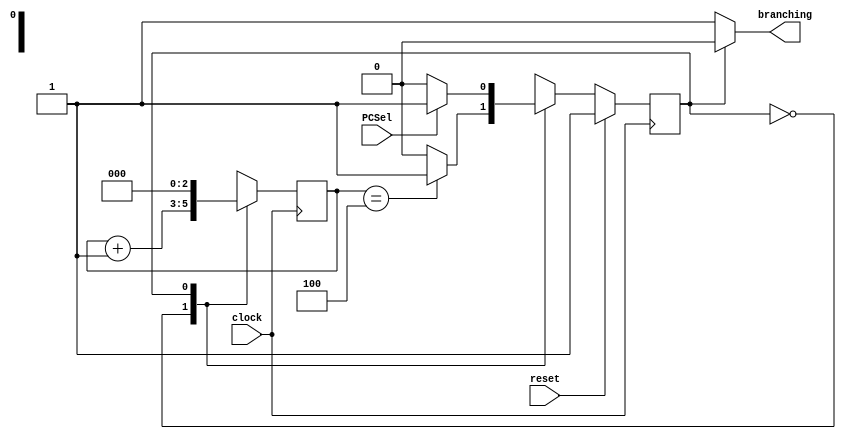
module BranchingFSM(clock, reset, PCSel, branching);

input clock;
input PCSel;
input reset;
output branching;
reg branching;
/*****************************************************************************
 *                         Parameter Declarations                            *
 *****************************************************************************/

	parameter counting = 0, not_counting= 1;
	
/*****************************************************************************
 *                                  FSM                                      *
 *****************************************************************************/
 
reg state;
reg [2:0] counter;

always@(posedge clock)
	begin
		if(reset==1)
			begin
			state = not_counting;
			end
		else
			case(state)
				counting:
					begin
						if(counter==4) state = not_counting; // branch + 3 instruction
						else state = counting;
					end
				not_counting:
					begin
						if(PCSel==0) state = counting;
						else state = not_counting;
					end
			endcase
	end
				
/*****************************************************************************
 *                           Sequential Logic                               *
 *****************************************************************************/
				
always@(posedge clock)
	begin
	case(state)
		counting:
			counter = counter+1;
		not_counting:
			counter = 0;
	endcase
	end
				
/*****************************************************************************
 *                         Combination Logic                                 *
 *****************************************************************************/
 always@(*)
	begin
	if(state==counting) branching = 1;
	else branching = 0;
	end
 
endmodule